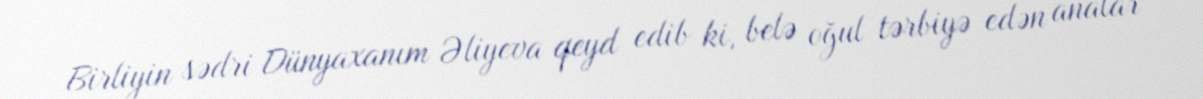
Birliyin sədri Dünyaxanım Əliyeva qeyd edib ki, belə oğul tərbiyə edən analar